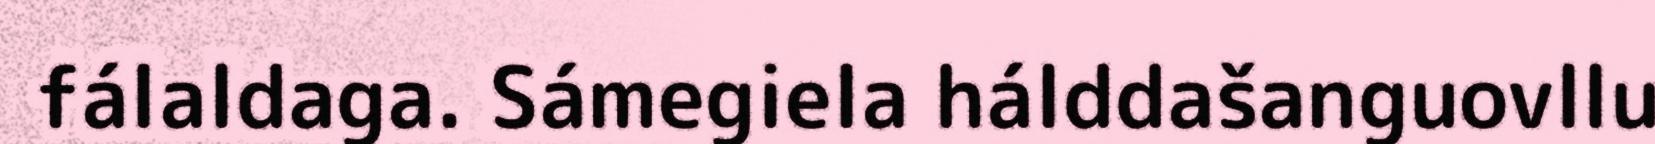
fálaldaga. Sámegiela hálddašanguovllu